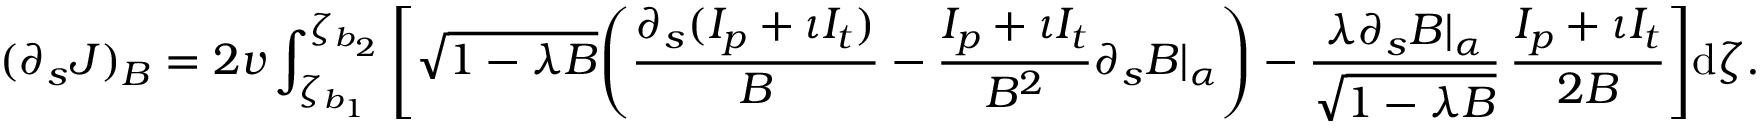
( \partial _ { s } J ) _ { B } = 2 v \int _ { \zeta _ { b _ { 1 } } } ^ { \zeta _ { b _ { 2 } } } \Bigg [ \sqrt { 1 - \lambda B } \Bigg ( \frac { \partial _ { s } ( I _ { p } + \iota I _ { t } ) } { B } - \frac { I _ { p } + \iota I _ { t } } { B ^ { 2 } } \partial _ { s } B | _ { \alpha } \Bigg ) - \frac { \lambda \partial _ { s } B | _ { \alpha } } { \sqrt { 1 - \lambda B } } \, \frac { I _ { p } + \iota I _ { t } } { 2 B } \Bigg ] \mathrm { d } \zeta .